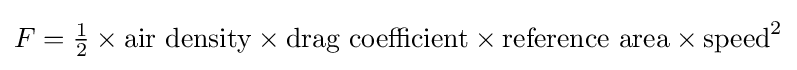
F={\tfrac {1}{2}}\times {\text{air density}}\times {\text{drag coefficient}}\times {\text{reference area}}\times {\text{speed}}^{2}